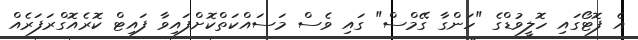
އެ ފޮޓޯގައި ހޮލީވުޑްގެ "ހަންގާ ގޭމްސް" ގައި ވެސް މަސައްކަތްކޮށްފައިވާ ފައިޓް ކޮރެއޮގްރަފަރެއް